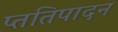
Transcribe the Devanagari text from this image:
प्ततिपादन